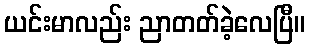
ယင်းမာလည်း ညာတတ်ခဲ့လေပြီ။